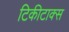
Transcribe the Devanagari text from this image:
टिकीटाक्स